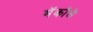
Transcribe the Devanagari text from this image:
मॅकॉले